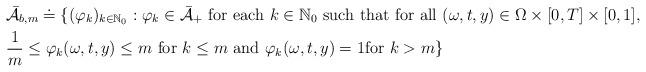
LaTeX: \begin{align*}& \bar{\mathcal{A}}_{b,m}\doteq \{(\varphi _{k})_{k\in \mathbb{N}_{0}}:\varphi _{k}\in \bar{\mathcal{A}}_{+}\mbox{ for each }k\in \mathbb{N}_{0}\mbox{ such that for all }(\omega ,t,y)\in \Omega \times \lbrack0,T]\times \lbrack 0,1], \\& \frac{1}{m}\leq \varphi _{k}(\omega,t,y)\leq m\mbox{ for }k\leq m\mbox{ and }\varphi _{k}(\omega ,t,y)=1\mbox{for }k>m\}\end{align*}